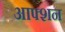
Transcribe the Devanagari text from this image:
आफ्शन